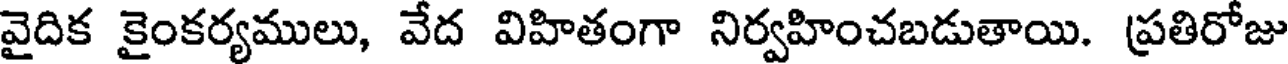
వైదిక కైంకర్యములు, వేద విహితంగా నిర్వహించబడుతాయి. ప్రతిరోజు